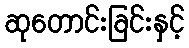
ဆုတောင်းခြင်းနှင့်